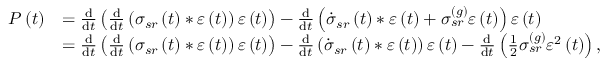
\begin{array} { r l } { P \left( t \right) } & { = \frac { \mathrm { d } } { \mathrm { d } t } \left( \frac { \mathrm { d } } { \mathrm { d } t } \left( \sigma _ { s r } \left( t \right) \ast \varepsilon \left( t \right) \right) \varepsilon \left( t \right) \right) - \frac { \mathrm { d } } { \mathrm { d } t } \left( \dot { \sigma } _ { s r } \left( t \right) \ast \varepsilon \left( t \right) + \sigma _ { s r } ^ { \left( g \right) } \varepsilon \left( t \right) \right) \varepsilon \left( t \right) } \\ & { = \frac { \mathrm { d } } { \mathrm { d } t } \left( \frac { \mathrm { d } } { \mathrm { d } t } \left( \sigma _ { s r } \left( t \right) \ast \varepsilon \left( t \right) \right) \varepsilon \left( t \right) \right) - \frac { \mathrm { d } } { \mathrm { d } t } \left( \dot { \sigma } _ { s r } \left( t \right) \ast \varepsilon \left( t \right) \right) \varepsilon \left( t \right) - \frac { \mathrm { d } } { \mathrm { d } t } \left( \frac { 1 } { 2 } \sigma _ { s r } ^ { \left( g \right) } \varepsilon ^ { 2 } \left( t \right) \right) , } \end{array}